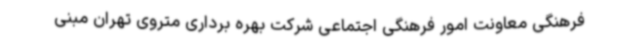
فرهنگی معاونت امور فرهنگی اجتماعی شرکت بهره برداری متروی تهران مبنی